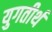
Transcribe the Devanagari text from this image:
युगतीर्थ